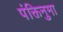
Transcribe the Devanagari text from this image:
पंक्तिनुमा